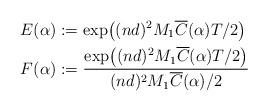
LaTeX: \begin{align*} E(\alpha) &:= \exp\bigl((nd)^2M_1\overline{C}(\alpha)T/2\bigr)\\F(\alpha) &:= \frac{\exp\bigl((nd)^2M_1\overline{C}(\alpha)T/2\bigr)}{(nd)^2M_1\overline{C}(\alpha)/2}\end{align*}